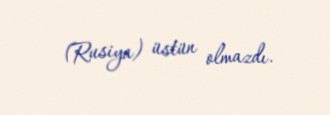
(Rusiya) üstün olmazdı.